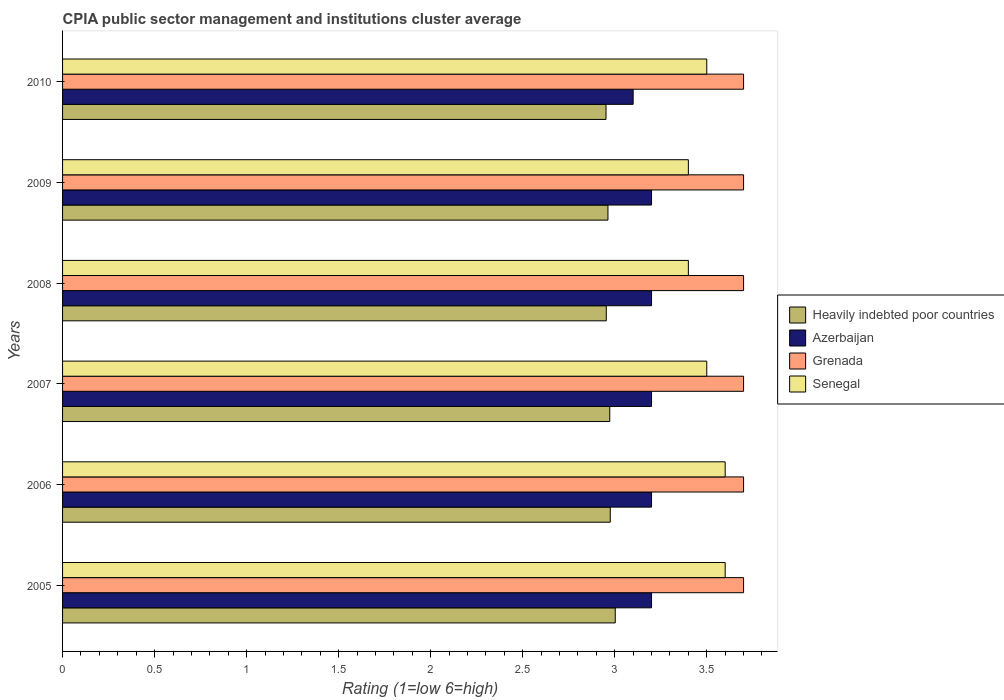
| Years | Heavily indebted poor countries | Azerbaijan | Grenada | Senegal |
 | --- | --- | --- | --- | --- |
 | 2005 | 3 | 3.2 | 3.7 | 3.6 |
 | 2006 | 2.98 | 3.2 | 3.7 | 3.6 |
 | 2007 | 2.97 | 3.2 | 3.7 | 3.5 |
 | 2008 | 2.95 | 3.2 | 3.7 | 3.4 |
 | 2009 | 2.96 | 3.2 | 3.7 | 3.4 |
 | 2010 | 2.95 | 3.1 | 3.7 | 3.5 |